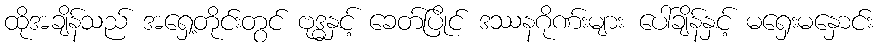
ထိုအချိန်သည် အရှေ့တိုင်းတွင် ဗုဒ္ဓနှင့် ခေတ်ပြိုင် ဒဿနဂိုဏ်းများ ပေါ်ချိန်နှင့် မရှေးမနှောင်း